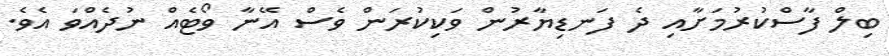
ބިލް ފާސްކުރުމަށާއި ދެ ފަނޑިޔާރުން ވަކިކުރަން ވެސް އޭނާ ވޯޓެއް ނުދެއްވަ އެވެ.